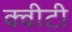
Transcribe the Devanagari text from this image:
क्‍वीटी